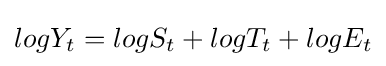
logY_{t}=logS_{t}+logT_{t}+logE_{t}